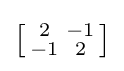
\left[{\begin{smallmatrix}2&-1\\-1&2\end{smallmatrix}}\right]